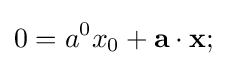
0=a^{0}x_{0}+\mathbf {a} \cdot \mathbf {x} ;